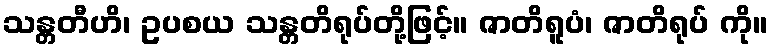
သန္တတီဟိ၊ ဥပစယ သန္တတိရုပ်တို့ဖြင့်။ ဇာတိရူပံ၊ ဇာတိရုပ် ကို။